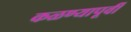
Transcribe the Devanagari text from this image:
कळण्यापूर्वी